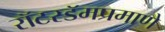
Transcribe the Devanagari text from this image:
रॉटरडॅमप्रमाणे